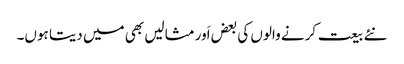
نئے بیعت کرنے والوں کی بعض اَور مثالیں بھی میں دیتا ہوں۔